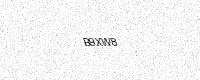
Text: B9XW8